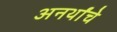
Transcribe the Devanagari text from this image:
अनर्थांचे